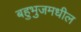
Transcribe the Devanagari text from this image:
बहुभुजमधील